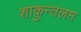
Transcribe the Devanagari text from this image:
शाकुन्तलम